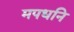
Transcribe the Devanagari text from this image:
मपधनि